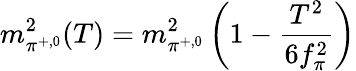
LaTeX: m_{\pi^{+,0}}^{2}(T)=m_{\pi^{+,0}}^{2}\left(1-\frac{T^{2}}{6f_{\pi}^{2}}\right)